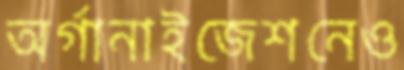
অর্গানাইজেশনেও